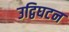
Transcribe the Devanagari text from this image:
उद्विघटन